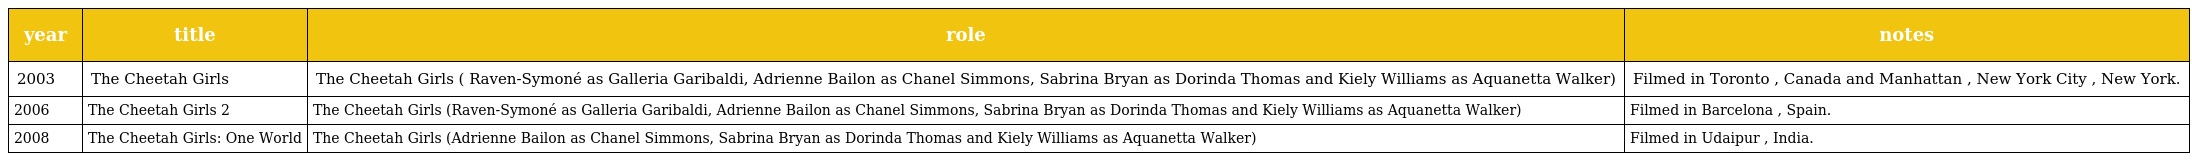
| year | title | role | notes |
 | --- | --- | --- | --- |
 | 2003 | The Cheetah Girls | The Cheetah Girls ( Raven-Symoné as Galleria Garibaldi, Adrienne Bailon as Chanel Simmons, Sabrina Bryan as Dorinda Thomas and Kiely Williams as Aquanetta Walker) | Filmed in Toronto , Canada and Manhattan , New York City , New York. |
 | 2006 | The Cheetah Girls 2 | The Cheetah Girls (Raven-Symoné as Galleria Garibaldi, Adrienne Bailon as Chanel Simmons, Sabrina Bryan as Dorinda Thomas and Kiely Williams as Aquanetta Walker) | Filmed in Barcelona , Spain. |
 | 2008 | The Cheetah Girls: One World | The Cheetah Girls (Adrienne Bailon as Chanel Simmons, Sabrina Bryan as Dorinda Thomas and Kiely Williams as Aquanetta Walker) | Filmed in Udaipur , India. |